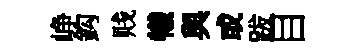
峥鈎贱犧與或跋目